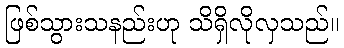
ဖြစ်သွားသနည်းဟု သိရှိလိုလှသည်။